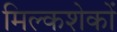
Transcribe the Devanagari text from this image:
मिल्कशेकों